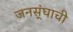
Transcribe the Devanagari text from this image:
जनस्ंघाची